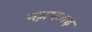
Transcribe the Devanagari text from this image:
नज़फगढ़